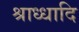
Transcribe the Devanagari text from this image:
श्राध्धादि